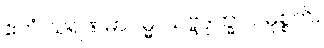
ဧတံ သရဏမာဂမ္မ၊ သဗ္ဗဒုက္ခာ ပမုစ္စတိ။